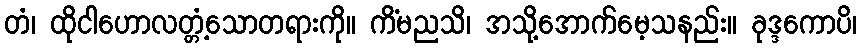
တံ၊ ထိုငါဟောလတ္တံ့သောတရားကို။ ကိံမညသိ၊ အသို့အောက်မေ့သနည်း။ ခုဒ္ဒကောပိ၊